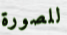
للصورة